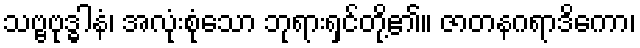
သဗ္ဗဗုဒ္ဓါနံ၊ အလုံးစုံသော ဘုရားရှင်တို့၏။ ဇာတနဂရာဒိကော၊